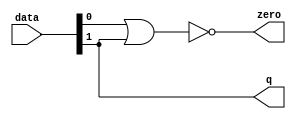
module  fp_add_v1_altpriority_encoder_3e8
	(
	data,
	q,
	zero) ;
	input   [1:0]  data;
	output   [0:0]  q;
	output   zero;
	assign
		q = {data[1]},
		zero = (~ (data[0] | data[1]));
endmodule